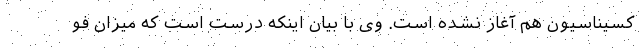
کسیناسیون هم آغاز نشده است. وی با بیان اینکه درست است که میزان فو